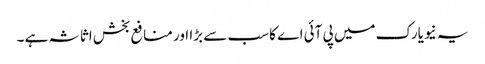
یہ نیویارک میں پی آئی اے کا سب سے بڑا اور منافع بخش اثاثہ ہے ۔